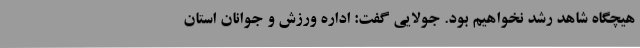
هیچگاه شاهد رشد نخواهیم بود. جولایی گفت: اداره ورزش و جوانان استان